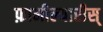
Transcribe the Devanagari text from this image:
फ़ामील्यारीस्